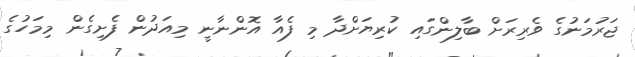
ޖަރުމަނުގެ ވެރިރަށް ބާލިންގައި ކުރިޔަށްދާ މި ފެއާ އޮންނާނީ މިއަދުން ފެށިގެން މިމަހުގެ